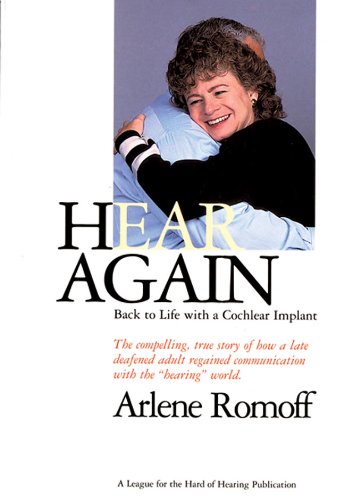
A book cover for Hear Again: Back to Life with a Cochlear Implant; Arlene Romoff; Health, Fitness & Dieting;